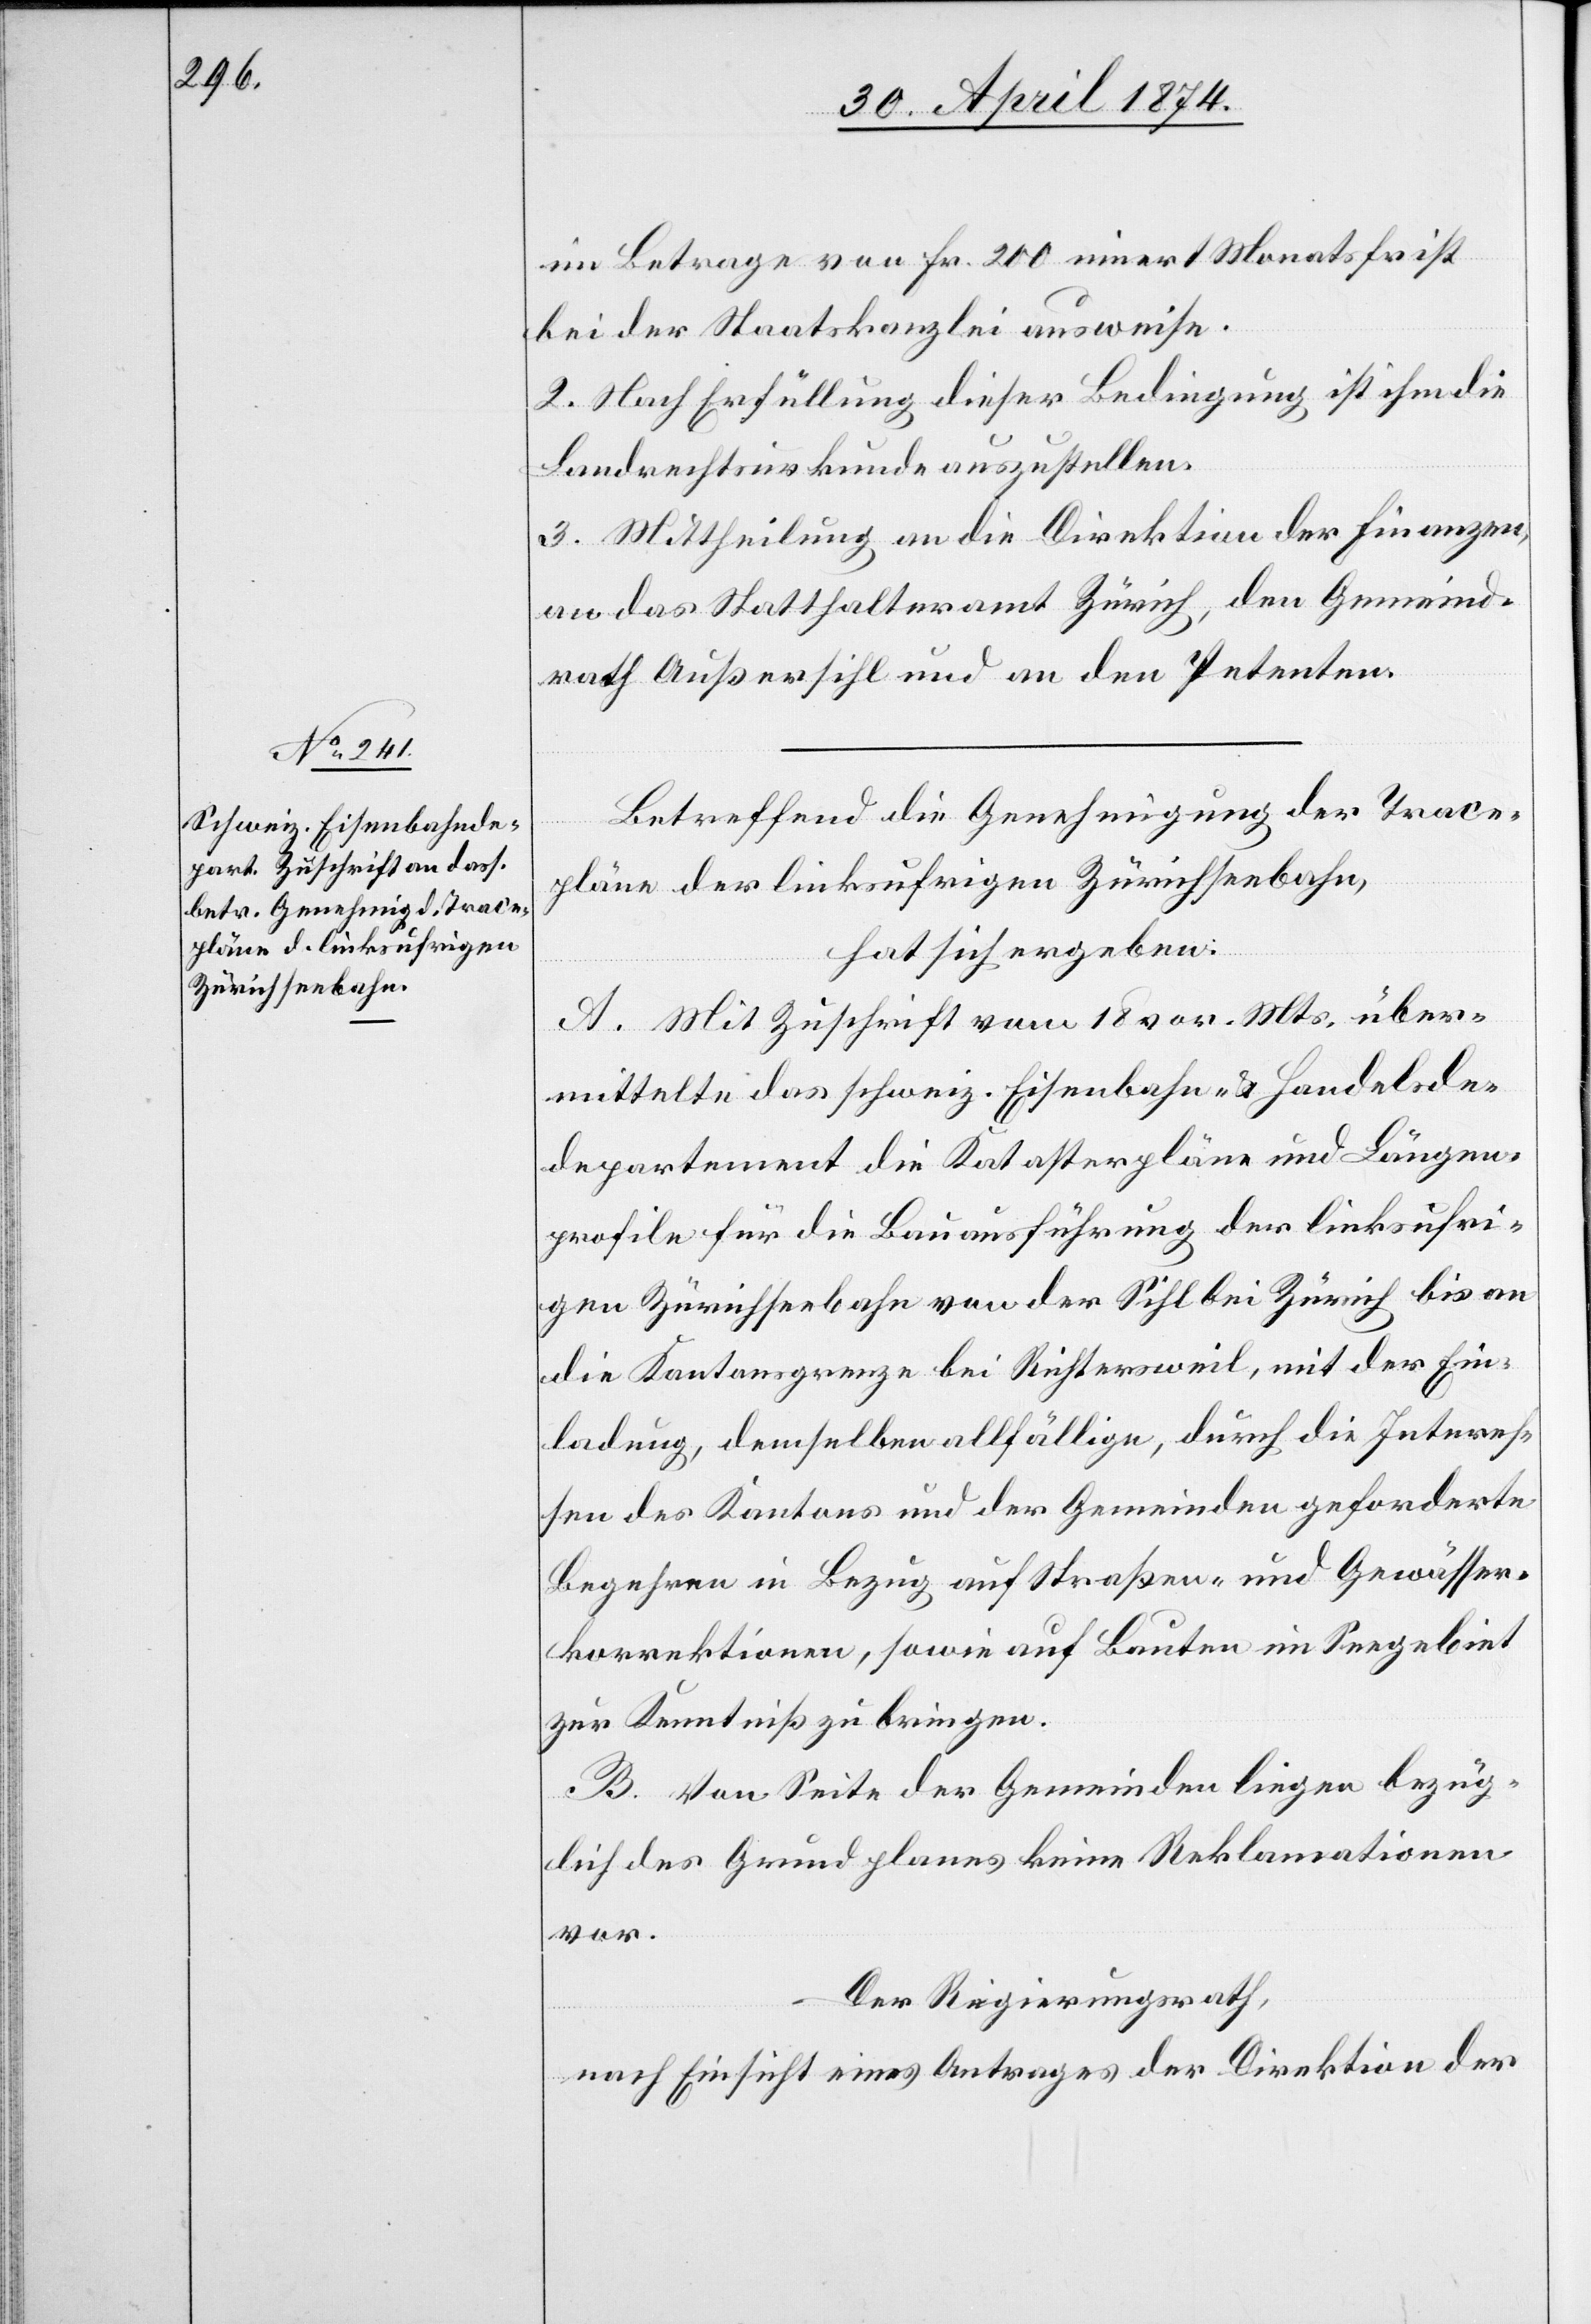
im Betrage von Fr. 200 innert Monatsfrist
bei der Staatskanzlei ausweise.
2. Nach Erfüllung dieser Bedingung ist ihm die
Landrechtsurkunde auszustellen.
3. Mittheilung an die Direktion der Finanzen,
an das Statthalteramt Zürich, den Gemeind¬
rath Außersihl und den Petenten.
Betreffend die Genehmigung der Trace¬
päne der linksufrigen Zürichseebahn,
hat sich ergeben:
A. Mit Zuschrift vom 18. vor. Mts. über¬
mittelte das schweiz. Eisenbahn- u. Handelsde¬
partement die Katasterpläne und Längen¬
profile für die Bauausführung der linksufri¬
gen Zürichseebahn von der Sihl bei Zürich bis an
die Kantonsgrenze bei Richtersweil, mit der Ein¬
ladung, demselben allfällige, durch die Interes¬
sen des Kantons und der Gemeinden geforderte
Begehren in Bezug auf Straßen- und Gewässer¬
korrektionen, sowie auf Bauten im Seegebiet
zur Kenntniß zu bringen.
B. Von Seite der Gemeinden liegen bezüg¬
lich des Grundplanes keine Reklamationen
vor.
Der Regierungsrath,
nach Einsicht eines Antrages der Direktion der